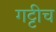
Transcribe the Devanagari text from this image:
गट्टीच